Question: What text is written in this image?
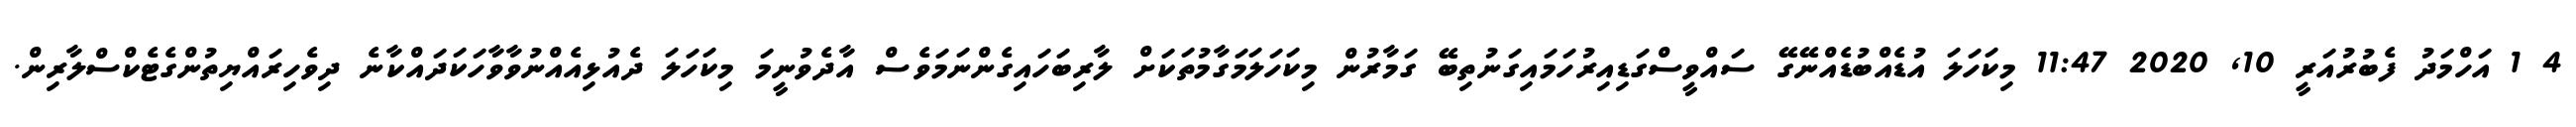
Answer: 4 1 އަހްމަދު ފެބުރުއަރީ 10, 2020 11:47 މިކަހަލަ އުޑެއްބުޑެއްނޭގޭ ސައްވީސްގަޑިއިރުހަމައިގަނުތިބޭ ގަމާރުން މިކަހަލަމަގާމުތަކަށް ލާރިބަހައިގެންނަމަވެސް އާދެވުނީމަ މިކަހަލަ ދެއުޅިއެއްނުވާވާހަކަދައްކާނެ ދިވެހިރައްޔިތުންގެޓެކްސްލާރިން.